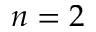
n = 2